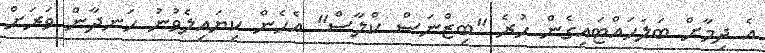
އެ ދިމާށް ބަލަހައްޓައިގެން ހުރެ "ބިޒްނަސް ކްލާސް" އެހެން ކިޔައިލެވުނު ހަނދާން ވަރަށް